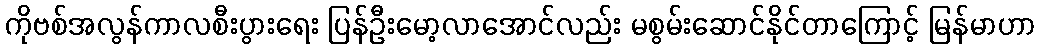
ကိုဗစ်အလွန်ကာလစီးပွားရေး ပြန်ဦးမော့လာအောင်လည်း မစွမ်းဆောင်နိုင်တာကြောင့် မြန်မာဟာ